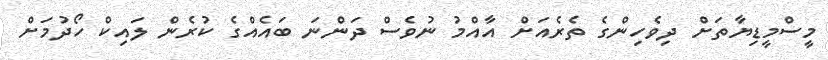
މީސްމީޑިޔާތަށް ދިވެހިންގެ ތެރެއަށް އާއްމު ނުވެސް ދަންނަ ބައެއްގެ ކުރެން ލައިކް ހޯދުމަށް